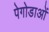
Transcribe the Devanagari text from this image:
पेगोडाओं